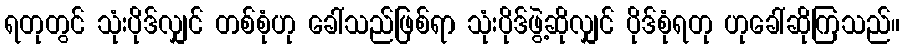
ရတုတွင် သုံးပိုဒ်လျှင် တစ်စုံဟု ခေါ်သည်ဖြစ်ရာ သုံးပိုဒ်ဖွဲ့ဆိုလျှင် ပိုဒ်စုံရတု ဟုခေါ်ဆိုကြသည်။